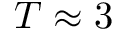
T \approx 3